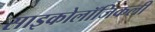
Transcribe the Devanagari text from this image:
साइकोलॉजिकली